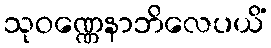
သုဝဏ္ဏေနာဘိလေပယိံ